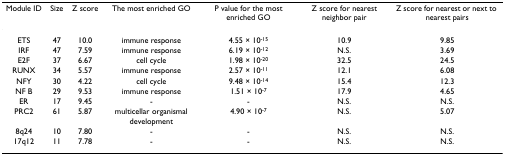
| Module ID | Size | Z score | The most enriched GO | P value for the most enriched GO | Z score for nearest neighbor pair | Z score for nearest or next to nearest pairs |
 | --- | --- | --- | --- | --- | --- | --- |
 | ETS | 47 | 10.0 | immune response | 4.55 × 10-15 | 10.9 | 9.85 |
 | IRF | 47 | 7.59 | immune response | 6.19 × 10-12 | N.S. | 3.69 |
 | E2F | 37 | 6.67 | cell cycle | 1.98 × 10-20 | 32.5 | 24.5 |
 | RUNX | 34 | 5.57 | immune response | 2.57 × 10-11 | 12.1 | 6.08 |
 | NFY | 30 | 4.22 | cell cycle | 9.48 × 10-14 | 15.4 | 12.3 |
 | NFκB | 29 | 9.53 | immune response | 1.51 × 10-7 | 17.9 | 4.65 |
 | ER | 17 | 9.45 | - | - | N.S. | N.S. |
 | PRC2 | 61 | 5.87 | multicellar organismal development | 4.90 × 10-7 | N.S. | 5.07 |
 | 8q24 | 10 | 7.80 | - | - | N.S. | N.S. |
 | 17q12 | 11 | 7.78 | - | - | N.S. | N.S. |